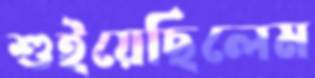
শুইয়েছিলেম